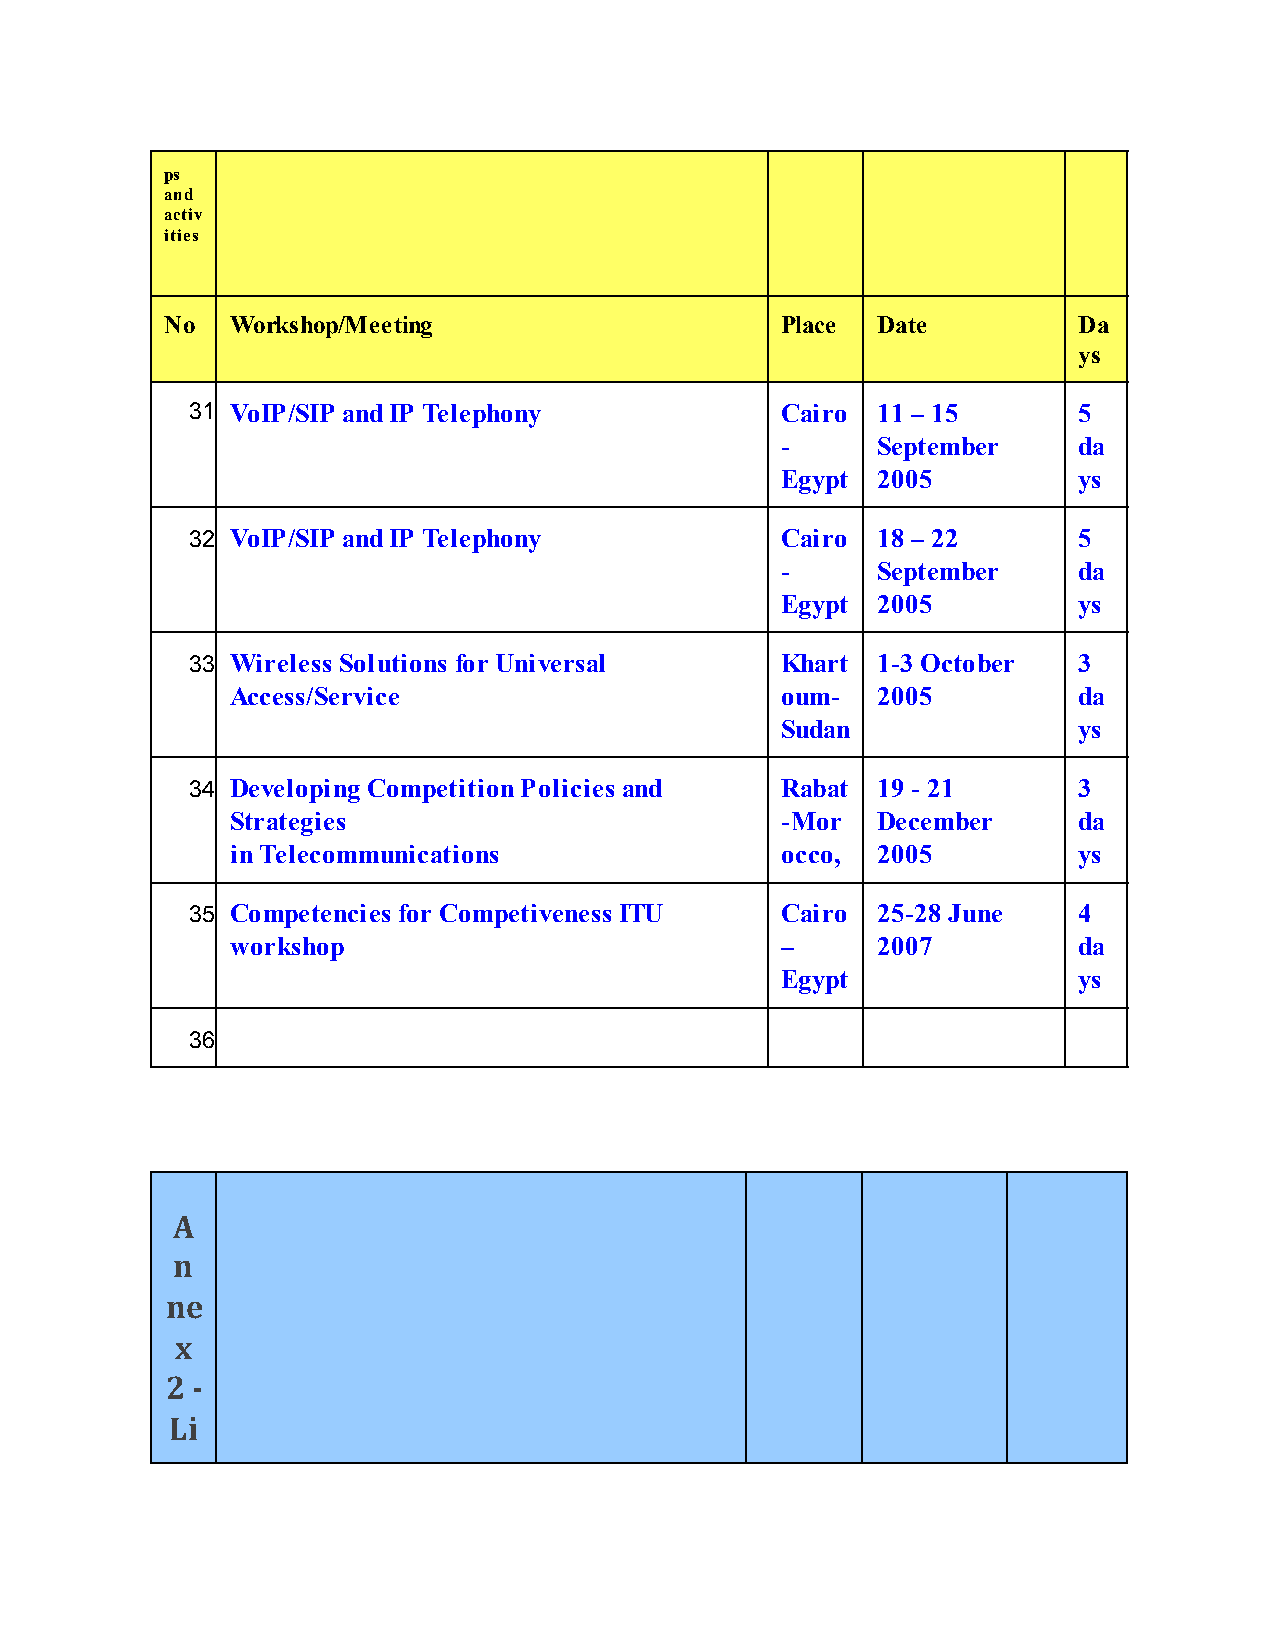
ps
 and
 activ
 ities
 No  Workshop/Meeting                     Place Date         Da
 ys
 31. VoIP/SIP and IP Telephony          Cairo 11 – 15      5
 -     September    da
 Egypt 2005         ys
 32. VoIP/SIP and IP Telephony          Cairo 18 – 22      5
 -     September    da
 Egypt 2005         ys
 33. Wireless Solutions for Universal   Khart 1-3 October  3
 Access/Service                       oum-  2005         da
 Sudan              ys
 34. Developing Competition Policies and Rabat 19 - 21     3
 Strategies                           -Mor  December     da
 in Telecommunications                occo, 2005         ys
 35. Competencies for Competiveness ITU Cairo 25-28 June   4
 workshop                             –     2007         da
 Egypt              ys
 36.
 A
 n
 ne
 x
 2 -
 Li